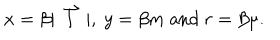
LaTeX: x = \beta | \stackrel { \rightharpoonup } { l } | , \ y = \beta m \ \mathrm { a n d } \ r = \beta \mu .